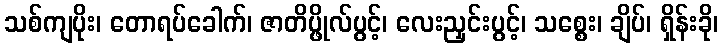
သစ်ကျပိုး၊ တောရပ်ခေါက်၊ ဇာတိပ္ဖိုလ်ပွင့်၊ လေးညှင်းပွင့်၊ သစ္စေး၊ ချိပ်၊ ရှိန်းခို၊